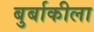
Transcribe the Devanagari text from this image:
बुर्बाकीला